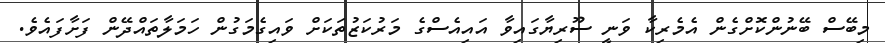
މިބޭސް ބޭނުންކޮށްގެން އެމެރިކާ ވަނީ ސޫރިޔާގައިވާ އައިއެސްގެ މަރުކަޒުތަކަށް ވައިގެމަގުން ހަމަލާތައްދޭން ފަށާފައެވެ.